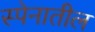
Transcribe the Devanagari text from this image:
स्पेनातील